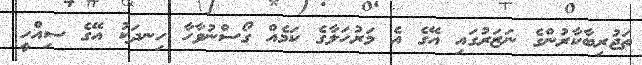
ތަޖުރިބާކާރުންގެ ނަޒަރުގައި އޭގެ އެ މަރުހަލާގެ ކަމެއް ގޯސްނުވާހާ ހިނދަކު އޭގެ ސިއްހީ